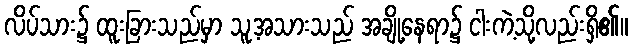
လိပ်သား၌ ထူးခြားသည်မှာ သူ့အသားသည် အချို့နေရာ၌ ငါးကဲ့သို့လည်းရှိ၏။